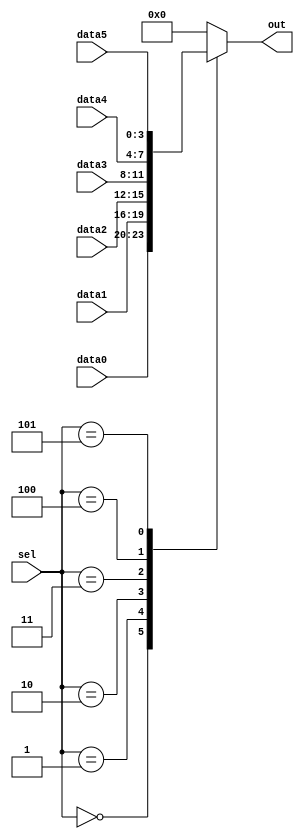
module top_module( 
    input [2:0] sel, 
    input [3:0] data0,
    input [3:0] data1,
    input [3:0] data2,
    input [3:0] data3,
    input [3:0] data4,
    input [3:0] data5,
    output reg [3:0] out
);

    always @(*) begin
        case(sel)
            3'b000:
                out = data0;
            3'b001:
                out = data1;
            3'b010:
                out = data2;
            3'b011:
                out = data3;
            3'b100:
                out = data4;
            3'b101:
                out = data5;
            default:
                out = 4'b0000;
        endcase
    end

endmodule